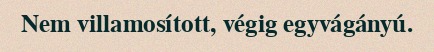
Nem villamosított, végig egyvágányú.